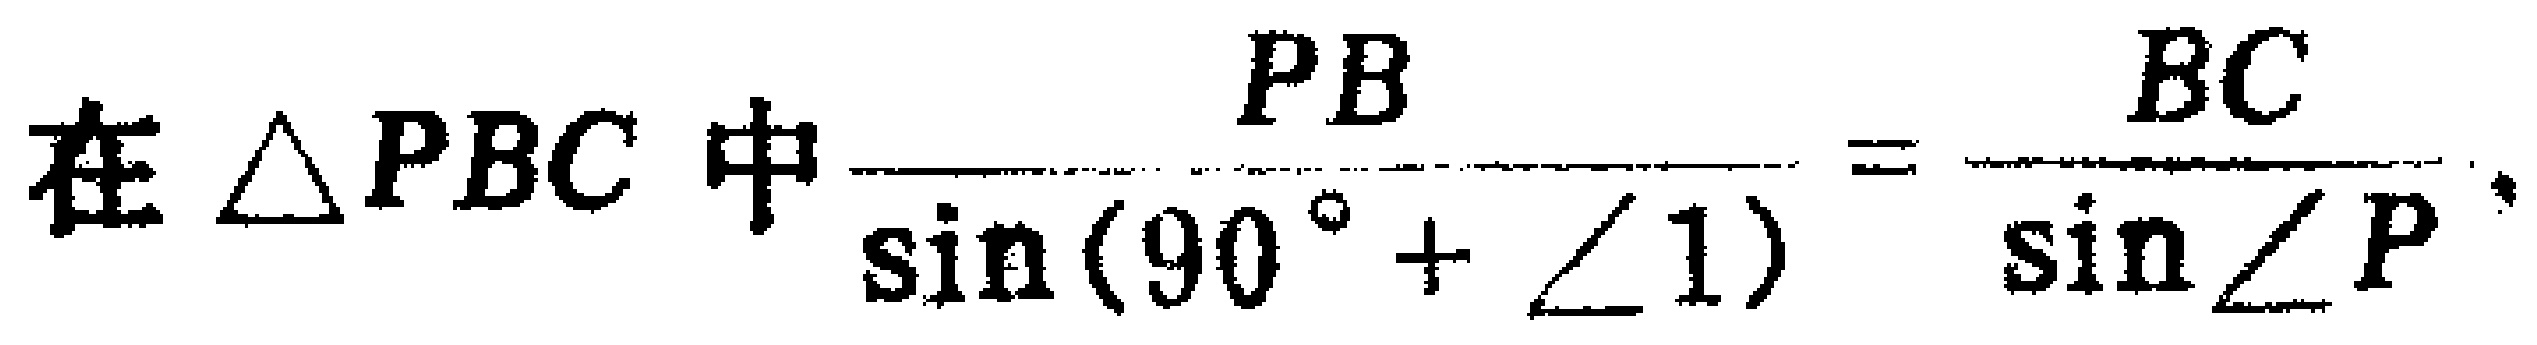
在$\triangle PBC$中$\frac{PB}{\sin(90^{\circ}+\angle1)} = \frac{BC}{\sin\angle P}$.